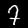
Label: 7